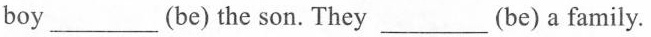
boy ___ (be) the son.They ___ (be) a family.